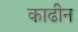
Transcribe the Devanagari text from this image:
काढीन